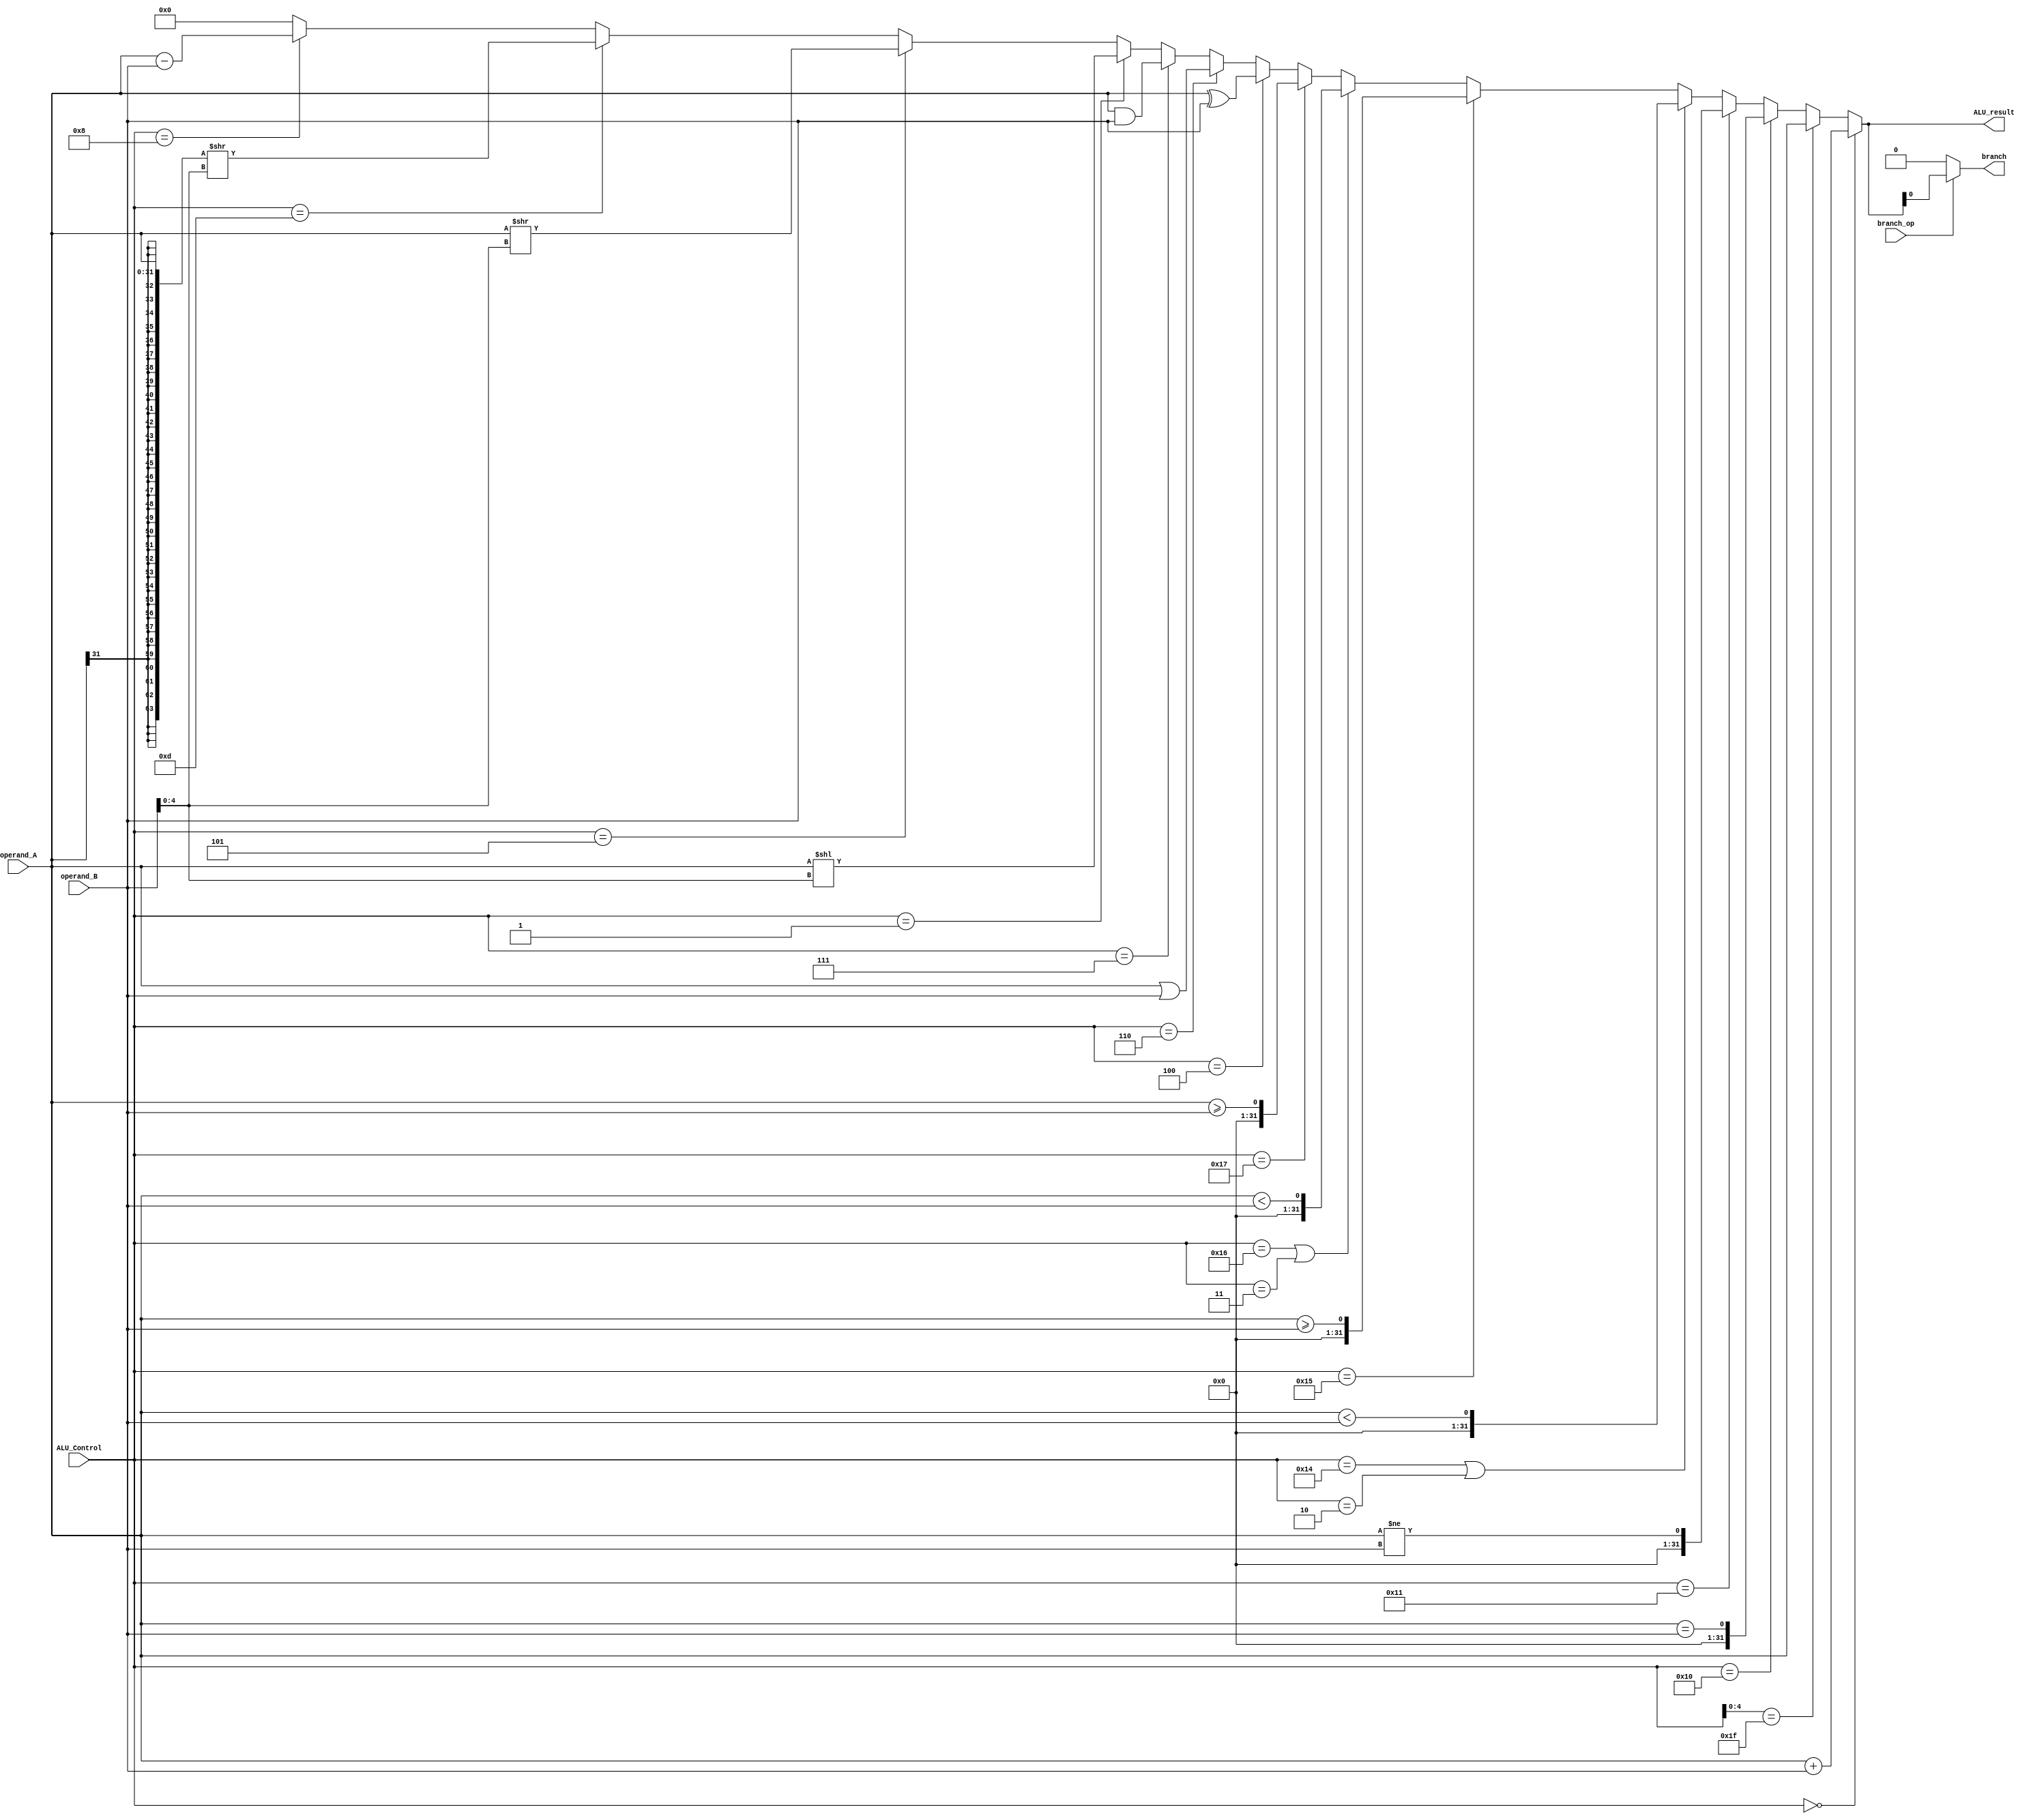
// Name: Chukwuemeka Opara, Donovan Jones
// BU ID: U48395858, U35079015
// EC413 Project: ALU

module ALU (
  input branch_op,
  input [5:0]  ALU_Control,
  input [31:0] operand_A,
  input [31:0] operand_B,
  output [31:0] ALU_result,
  output branch
);

/******************************************************************************
*                      Start Your Code Here
******************************************************************************/
assign ALU_result = (ALU_Control == 6'b000000)?operand_A+operand_B:
					(ALU_Control[4:0] == 5'b11111)?operand_A:
					(ALU_Control == 6'b010000)?operand_A==operand_B:
					(ALU_Control == 6'b010001)?operand_A!=operand_B:
					(ALU_Control == 6'b010100 || ALU_Control == 6'b000010)?($signed(operand_A) < $signed(operand_B)):
					(ALU_Control == 6'b010101)?$signed(operand_A) >= $signed(operand_B):
					(ALU_Control == 6'b010110|| ALU_Control == 6'b000011)?operand_A < operand_B:
					(ALU_Control == 6'b010111)?operand_A >= operand_B:
					(ALU_Control == 6'b000100)?(operand_A)^(operand_B):
					(ALU_Control == 6'b000110)?(operand_A)|(operand_B):
					(ALU_Control == 6'b000111)?(operand_A)&(operand_B):
					(ALU_Control == 6'b000001)? operand_A << operand_B[4:0]:
					(ALU_Control == 6'b000101)? operand_A >> operand_B[4:0]:
					(ALU_Control == 6'b001101)? {{32{operand_A[31]}}, operand_A} >> operand_B[4:0]:
					(ALU_Control == 6'b001000)?operand_A-operand_B:
					32'd0;
							
assign branch = (branch_op == 1)?ALU_result:0;

endmodule